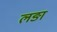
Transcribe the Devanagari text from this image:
लङा